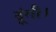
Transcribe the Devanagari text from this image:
दूंगी।